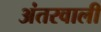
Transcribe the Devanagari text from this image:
अंतरवाली